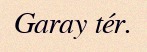
Garay tér.